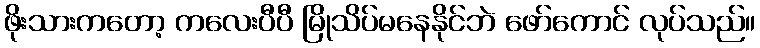
ဖိုးသားကတော့ ကလေးပီပီ မြိုသိပ်မနေနိုင်ဘဲ ဖော်ကောင် လုပ်သည်။